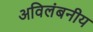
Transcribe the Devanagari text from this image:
अविलंबनीय